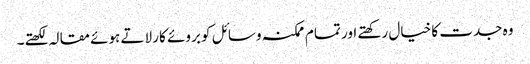
وہ جدت کا خیال رکھتے اور تمام ممکنہ وسائل کو بروئے کار لاتے ہوئے مقالہ لکھتے۔